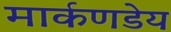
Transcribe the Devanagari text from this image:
मार्कणडेय